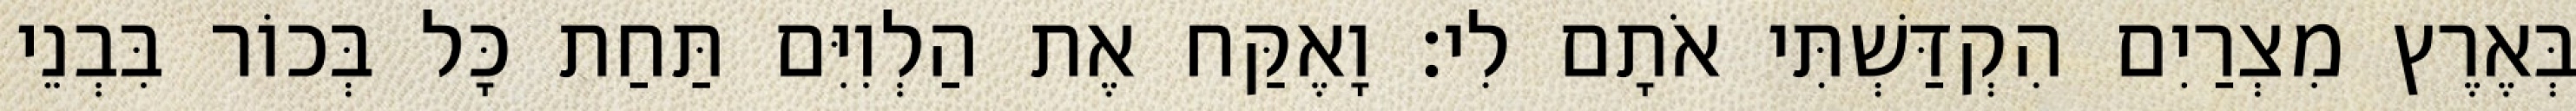
בְּאֶרֶץ מִצְרַיִם הִקְדַּשְׁתִּי אֹתָם לִי׃ וָאֶקַּח אֶת הַלְוִיִּם תַּחַת כָּל בְּכוֹר בִּבְנֵי